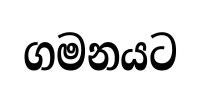
ගමනයට